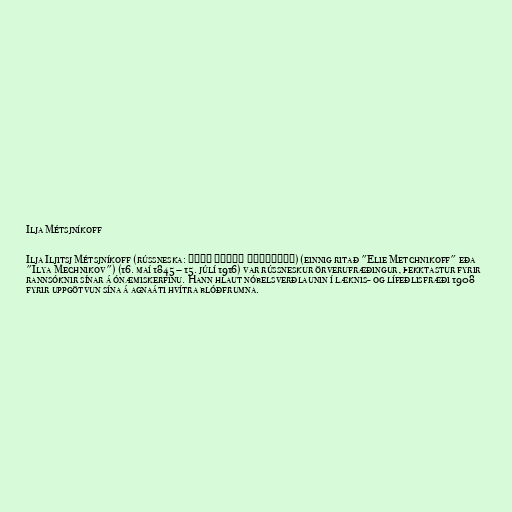
Ilja Métsjníkoff

Ilja Iljitsj Métsjníkoff (rússneska: Илья Ильич Мечников) (einnig ritað "Elie Metchnikoff" eða
"Ilya Mechnikov") (16. maí 1845 – 15. júlí 1916) var rússneskur örverufræðingur, þekktastur fyrir
rannsóknir sínar á ónæmiskerfinu. Hann hlaut nóbelsverðlaunin í læknis- og lífeðlisfræði 1908
fyrir uppgötvun sína á agnaáti hvítra blóðfrumna.